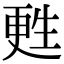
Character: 甦